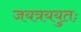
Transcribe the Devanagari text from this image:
जयत्रययुतः